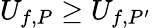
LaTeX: U_{f,P}\geq U_{f,P^{\prime}}\,